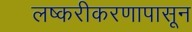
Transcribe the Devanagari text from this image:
लष्करीकरणापासून